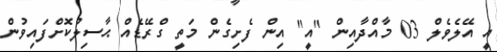
އީ އޭލެވެލް 03 މާއްދާއިން "އީ" އިން ފެށިގެން މަތީ ގްރޭޑެއް ޙާސިލުކޮށްފައިވުން